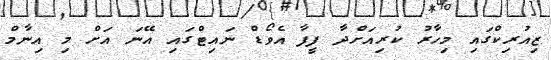
ޒިއުރިކްގައި މިހާރު ކުރިއަށްދާ ފީފާ އެވޯޑް ނައިޓްގައި އޭނަ އަށް މި އިނާމް